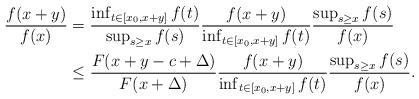
LaTeX: \begin{align*} \frac{f(x+y)}{f(x)} &= \frac{\inf_{t \in [x_0, x+y]} f (t)}{\sup_{s\ge x} f(s)}\frac{f(x+y)}{ \inf_{t \in [x_0, x+y]} f(t)} \frac{\sup_{s\ge x}f(s)}{f(x)} \\& \le \frac{F(x+y-c+\Delta)}{F(x+\Delta)}\frac{f(x+y)}{ \inf_{t \in [x_0, x+y]}f(t)} \frac{\sup_{s\ge x}f(s)}{f(x)}.\end{align*}